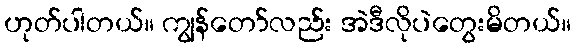
ဟုတ်ပါတယ်။ ကျွန်တော်လည်း အဲဒီလိုပဲတွေးမိတယ်။